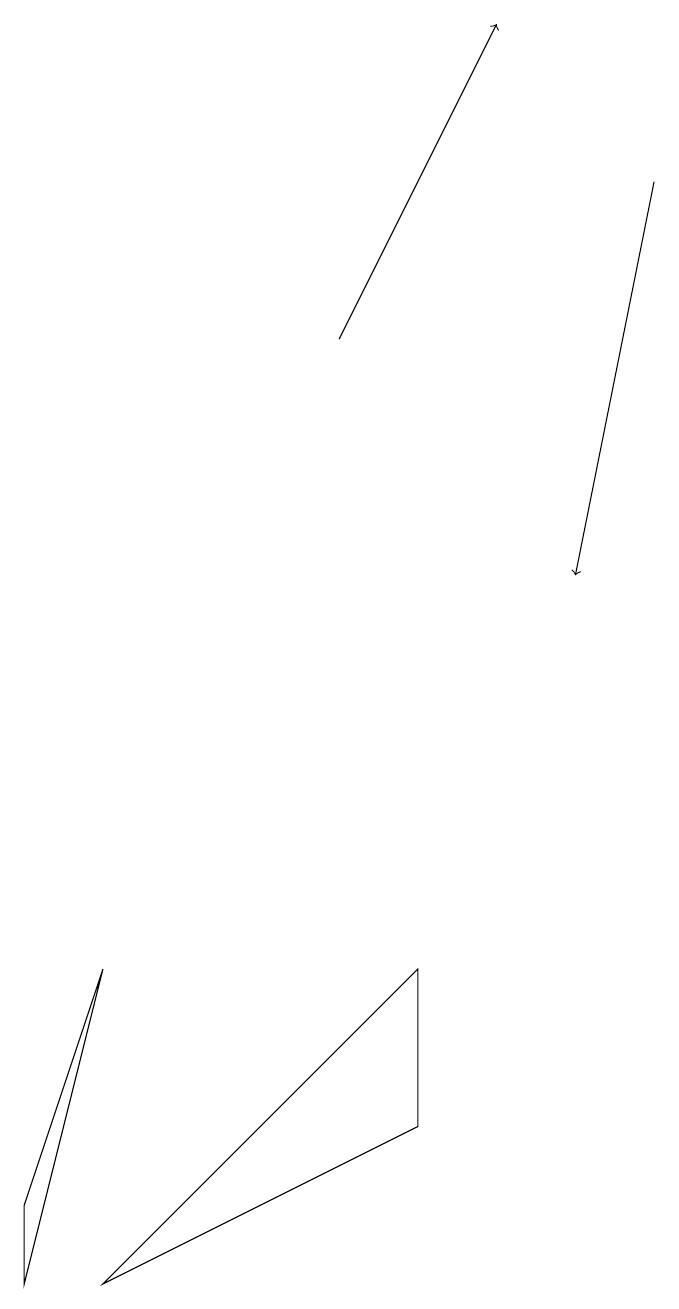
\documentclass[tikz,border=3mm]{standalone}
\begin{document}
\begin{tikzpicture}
\draw (1,4) -- (2,7) -- (1,3) -- cycle;
\draw[->] (5,15) -- (7,19);
\draw[->] (9,17) -- (8,12);
\draw (2,3) -- (6,7) -- (6,5) -- cycle;
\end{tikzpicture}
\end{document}